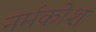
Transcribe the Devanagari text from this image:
नर्मकोश